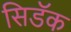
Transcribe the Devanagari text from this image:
सिडॅक